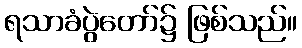
ရသာခံပွဲတော်၌ ဖြစ်သည်။